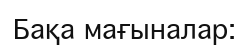
Бақа мағыналар: